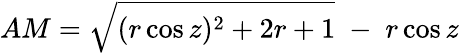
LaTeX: AM={\sqrt{(r\cos z)^{2}+2r+1}}\; -\; r\cos z